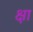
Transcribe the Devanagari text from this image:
क्षा